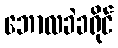
ဘောလခဲခရိုင်